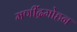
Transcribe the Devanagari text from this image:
मणींद्रमोहन